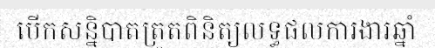
បើកសន្និបាតត្រួតពិនិត្យលទ្ធផលការងារឆ្នាំ